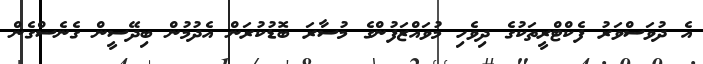
އެ ދުވަސްވަރު ފެކްޓްރީތަކުގެ ދިވެހި މުވައްޒަފުންގެ މުސާރަ ބޮޑުކުރަން އެދުމުން ބިދޭސީން ގެނެސްގެން